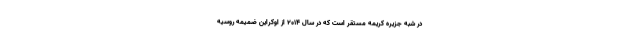
در شبه جزیره کریمه مستقر است که در سال ۲۰۱۴ از اوکراین ضمیمه روسیه